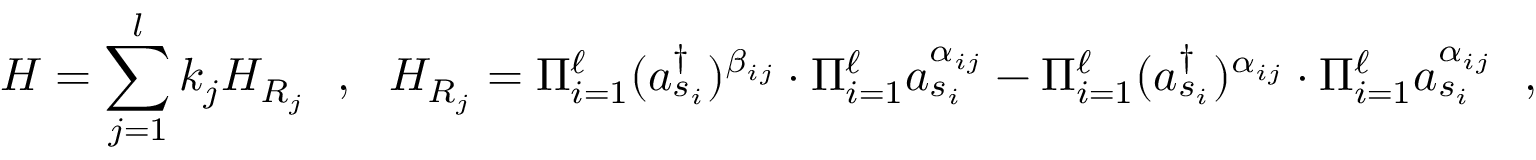
H = \sum _ { j = 1 } ^ { l } k _ { j } H _ { R _ { j } } ~ ~ , ~ ~ H _ { R _ { j } } = \Pi _ { i = 1 } ^ { \ell } ( a _ { s _ { i } } ^ { \dagger } ) ^ { \beta _ { i j } } \cdot \Pi _ { i = 1 } ^ { \ell } a _ { s _ { i } } ^ { \alpha _ { i j } } - \Pi _ { i = 1 } ^ { \ell } ( a _ { s _ { i } } ^ { \dagger } ) ^ { \alpha _ { i j } } \cdot \Pi _ { i = 1 } ^ { \ell } a _ { s _ { i } } ^ { \alpha _ { i j } } ~ ~ ,